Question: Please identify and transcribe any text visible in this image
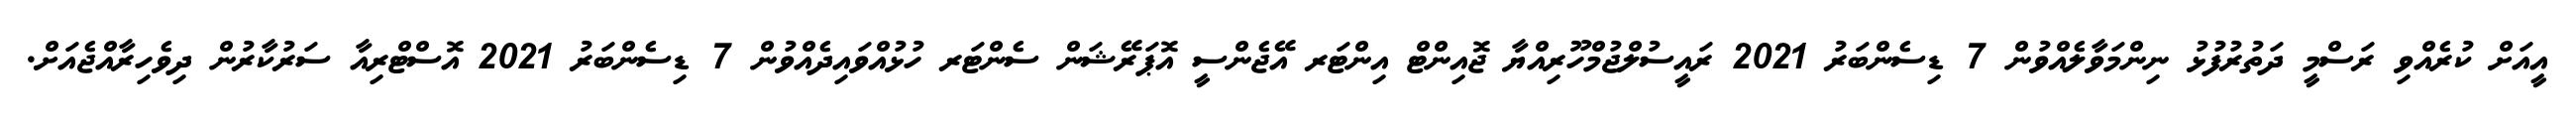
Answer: އީއަށް ކުރެއްވި ރަސްމީ ދަތުރުފުޅު ނިންމަވާލެއްވުން 7 ޑިސެންބަރު 2021 ރައީސުލްޖުމްހޫރިއްޔާ ޖޮއިންޓް އިންޓަރ އޭޖެންސީ އޮޕަރޭޝަން ސެންޓަރ ހުޅުއްވައިދެއްވުން 7 ޑިސެންބަރު 2021 އޮސްޓްރިއާ ސަރުކާރުން ދިވެހިރާއްޖެއަށް.